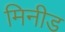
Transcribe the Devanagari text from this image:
मिनीड